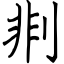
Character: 剕